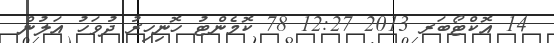
14 އޮކްޓޯބަރ 2013 12:27 78 ކޮމެންޓު ހޮނިހިރު ދުވަހު އަލުން